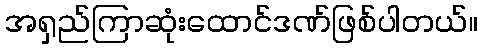
အရှည်ကြာဆုံးထောင်ဒဏ်ဖြစ်ပါတယ်။